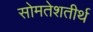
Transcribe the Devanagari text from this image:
सोमतेशतीर्थ